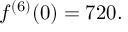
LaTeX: f ^ { ( 6 ) } ( 0 ) = 7 2 0 .